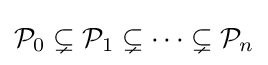
{\mathcal {P}}_{0}\subsetneq {\mathcal {P}}_{1}\subsetneq \cdots \subsetneq {\mathcal {P}}_{n}